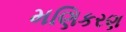
મણિકરણ